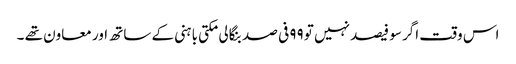
اس وقت اگر سو فیصد نہیں تو ۹۹ فی صد بنگالی مکتی باہنی کے ساتھ اور معاون تھے ۔